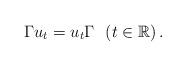
LaTeX: \begin{align*} \Gamma u_t = u_t \Gamma \ \ (t \in \mathbb{R})\,. \end{align*}